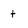
Character: t